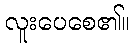
လူးပေစေ၏။